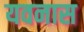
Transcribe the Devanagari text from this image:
यवनास